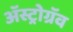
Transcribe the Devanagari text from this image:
अॅस्ट्रोग्रॅव